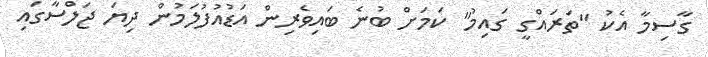
ގާސިމާ އެކު "ތަރައްގީ ގައިމު" ކަމަށް ބުނެ ބައިވެރިން އަޑުއުފުލަމުން ދިޔަ ޖަލްސާގައި